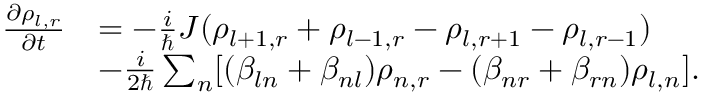
\begin{array} { r l } { \frac { \partial \rho _ { l , r } } { \partial t } } & { = - \frac { i } { \hbar } J ( \rho _ { l + 1 , r } + \rho _ { l - 1 , r } - \rho _ { l , r + 1 } - \rho _ { l , r - 1 } ) } \\ & { - \frac { i } { 2 \hbar } \sum _ { n } [ ( \beta _ { l n } + \beta _ { n l } ) \rho _ { n , r } - ( \beta _ { n r } + \beta _ { r n } ) \rho _ { l , n } ] . } \end{array}